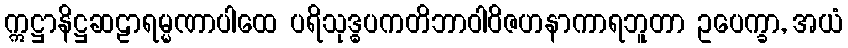
ဣဋ္ဌာနိဋ္ဌဆဠာရမ္မဏာပါထေ ပရိသုဒ္ဓပကတိဘာဝါဝိဇဟနာကာရဘူတာ ဥပေက္ခာ, အယံ